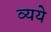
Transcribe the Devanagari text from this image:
व्यये